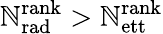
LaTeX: \mathbb{N}_{\mathrm{{rad}}}^{\mathrm{{rank}}}>\mathbb{N}_{\mathrm{{ett}}}^{\mathrm{{rank}}}